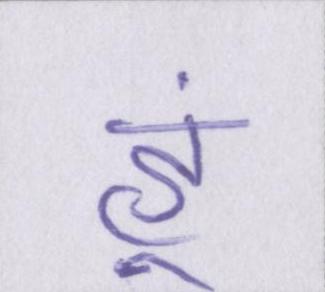
हूं